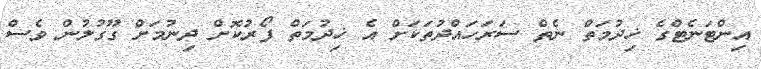
އިންޓަނެޓްގެ ޚިދުމަތް ނެތް ސަރަހައްދުތަކަށް އެ ޚިދުމަތް ފޯރުކޮށް ދިނުމަށް ގޫގުލުން ވެސް